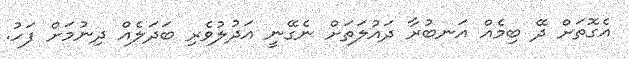
އެގޮތަށް ދޭ ބިމެއް އަނބުރާ ދައުލަތަށް ނެގޭނީ އަދުލުވެރި ބަދަލެއް ދިނުމަށް ފަހު.